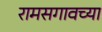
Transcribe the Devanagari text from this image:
रामसगावच्या